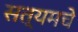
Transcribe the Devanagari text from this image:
सत्यमचे